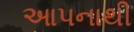
આપનાથી